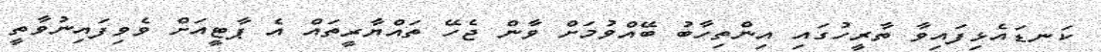
ކަނޑައެޅިފައިވާ ތާރީހުގައި އިންތިހާބު ބޭއްވުމަށް ވާން ޖެހޭ ތައްޔާރީތައް އެ ޕާޓީއަށް ވެވިފައިނުވާތީ